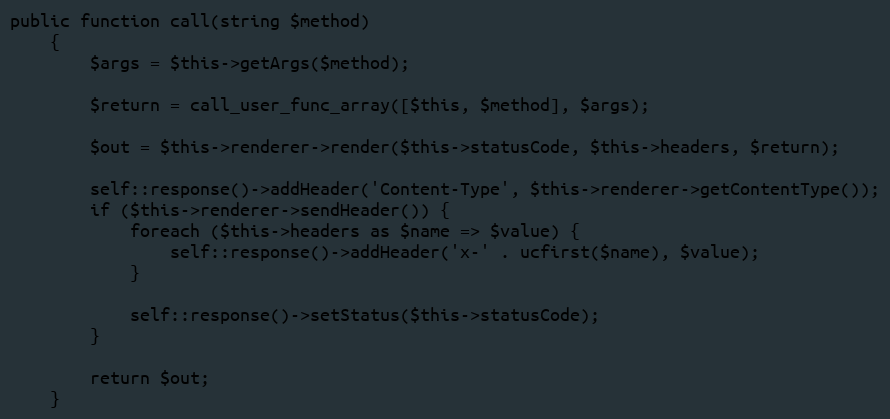
Language: PHP
public function call(string $method)
    {
        $args = $this->getArgs($method);

        $return = call_user_func_array([$this, $method], $args);

        $out = $this->renderer->render($this->statusCode, $this->headers, $return);

        self::response()->addHeader('Content-Type', $this->renderer->getContentType());
        if ($this->renderer->sendHeader()) {
            foreach ($this->headers as $name => $value) {
                self::response()->addHeader('x-' . ucfirst($name), $value);
            }

            self::response()->setStatus($this->statusCode);
        }

        return $out;
    }